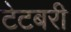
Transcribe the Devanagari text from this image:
टेटबरी